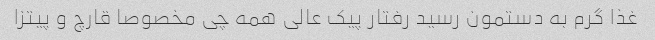
غذا گرم به دستمون رسید رفتار پیک عالی همه چی مخصوصا قارچ و پیتزا